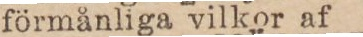
förmånliga vilkor af